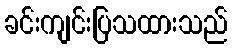
ခင်းကျင်းပြသထားသည်